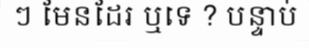
ៗ មែនដែរ ឬទេ ? បន្ទាប់